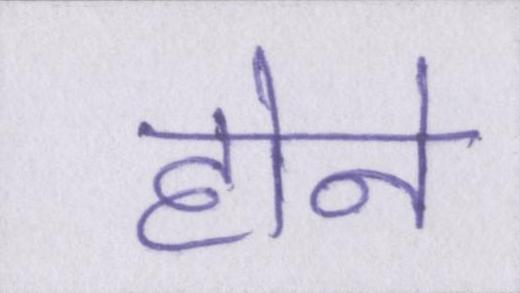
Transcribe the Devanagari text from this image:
होने